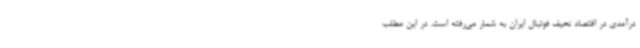
درآمدی در اقتصاد نحیف فوتبال ایران به شمار می‌رفته است. در این مطلب